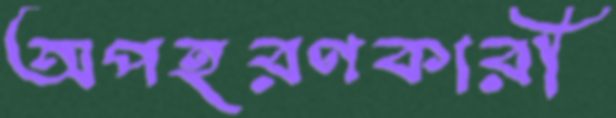
অপহরণকারী